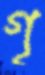
গৃ